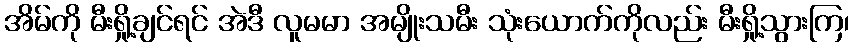
အိမ်ကို မီးရှို့ချင်ရင် အဲဒီ လူမမာ အမျိုးသမီး သုံးယောက်ကိုလည်း မီးရှို့သွားကြ၊